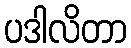
ပဒါလိတာ